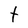
Character: t